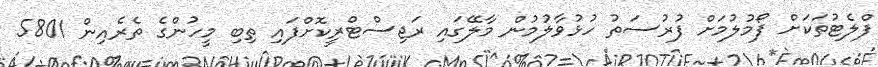
ފްލެޓުތަކަށް ފޯމުލުމަށް ފުރުސަތު ހުޅުވާލުމުން މާލޭގައި ރަޖިސްޓްރީކޮށްފައި ތިބި މީހުންގެ ތެރެއިން 5801